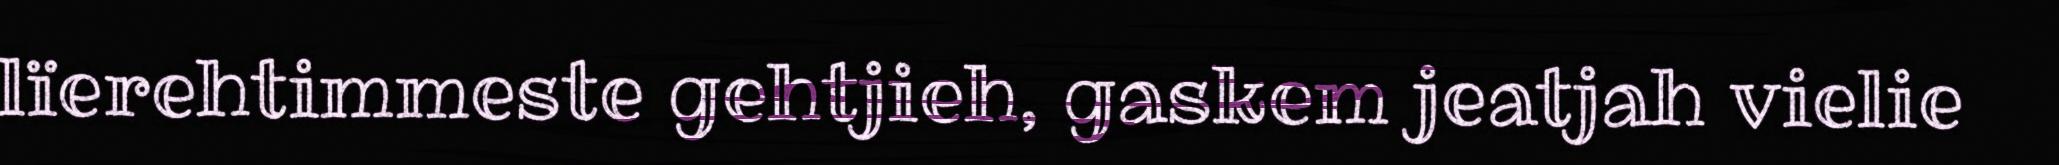
lïerehtimmeste gehtjieh, gaskem jeatjah vielie